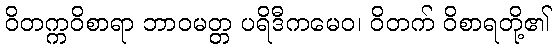
ဝိတက္ကဝိစာရာ ဘာဝမတ္တ ပရိဒီကမေဝ၊ ဝိတက် ဝိစာရတို့၏